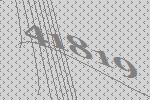
41819